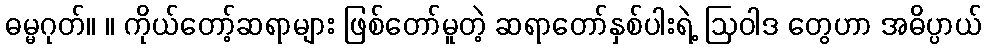
ဓမ္မဂုတ်။ ။ ကိုယ်တော့်ဆရာများ ဖြစ်တော်မူတဲ့ ဆရာတော်နှစ်ပါးရဲ့ ဩဝါဒ တွေဟာ အဓိပ္ပာယ်